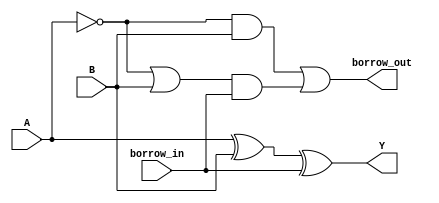
module GateLevelSubtractor(
  input A,
  input B,
  input borrow_in,
  output Y,
  output borrow_out
);

assign Y = A ^ B ^ borrow_in;
assign borrow_out = (~A & B) | ((~A | B) & borrow_in);

endmodule